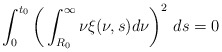
\begin{align*}\int_{0}^{t_{0}}\bigg(\int_{R_{0}}^{\infty}\nu\xi(\nu,s)d\nu\bigg)^{2}\ ds=0\end{align*}%\end{align*}